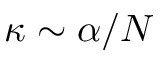
\kappa \sim \alpha / N